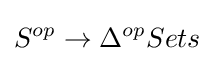
S^{op}\to \Delta ^{op}Sets